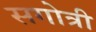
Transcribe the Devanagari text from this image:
सगोत्री